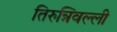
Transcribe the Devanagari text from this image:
तिरुन्निवल्ली